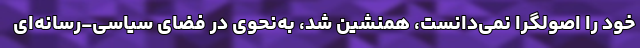
خود را اصولگرا نمی‌دانست، همنشین شد، به‌نحوی در فضای سیاسی-رسانه‌ای